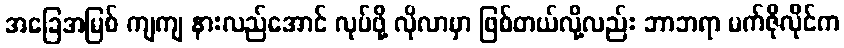
အခြေအမြစ် ကျကျ နားလည်အောင် လုပ်ဖို့ လိုလာမှာ ဖြစ်တယ်လို့လည်း ဘာဘရာ မက်ဇိုလိုင်က